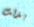
بذلت